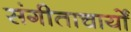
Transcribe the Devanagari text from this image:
संगीताचार्यों